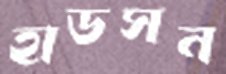
হাডসন